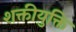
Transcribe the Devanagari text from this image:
शक्तीयुक्ति